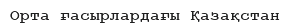
Орта ғасырлардағы Қазақстан